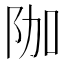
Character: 𮤿